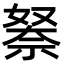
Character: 𮂃